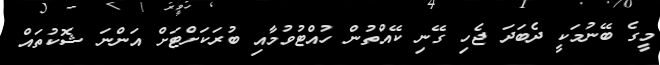
މީގެ ބޭނުމަކީ ދެބަދަ ޖެހި ގޭނި ކޭއްތުން ހުއްޓުވުމާއި ބުރަކަށްޓަށް އަންނަ ޝޮކުތައް